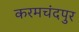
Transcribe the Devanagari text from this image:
करमचंदपुर